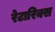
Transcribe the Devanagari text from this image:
रेटारिक्स